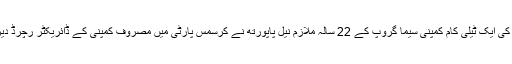
یہ ایس ایم ایس برطانیہ کی ایک ٹیلی کام کمپنی سیما گروپ کے 22 سالہ ملازم نیل پاپورتھ نے کرسمس پارٹی میں مصروف کمپنی کے ڈائریکٹر رچرڈ دیرواس کو ارسال کیا تھا۔